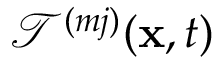
\mathcal { T } ^ { ( m j ) } ( \mathbf { x } , t )